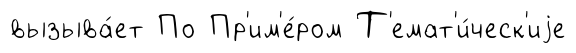
вызыва́ет По Пр'им'е́ром Т'емат'и́ческ'иjе